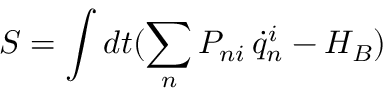
S = \int d t ( \sum _ { n } P _ { n i } \, \dot { q } _ { n } ^ { i } - H _ { B } )